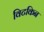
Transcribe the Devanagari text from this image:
विटकिन